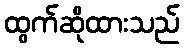
ထွက်ဆိုထားသည်